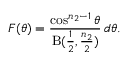
F ( \theta ) = { \frac { \cos ^ { n _ { 2 } - 1 } \theta } { \mathrm { B } ( { \frac { 1 } { 2 } } , { \frac { n _ { 2 } } { 2 } } ) } } \, d \theta .